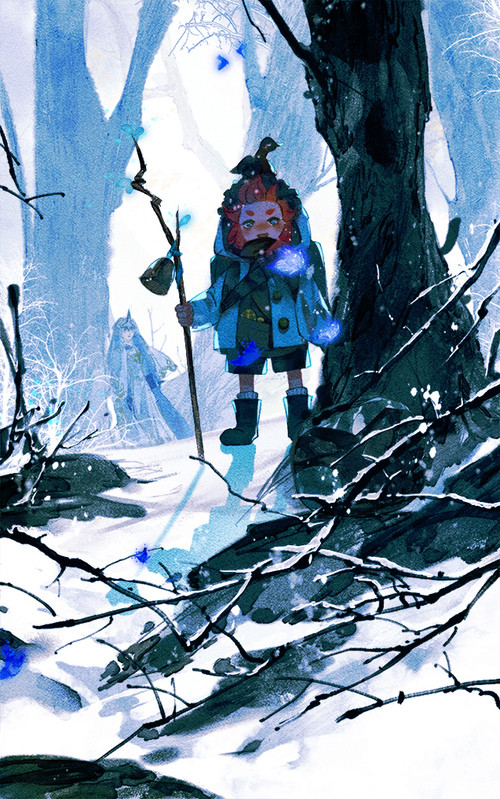
不辞山路远，踏雪也相过。